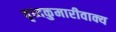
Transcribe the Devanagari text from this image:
वृध्दकुमारीवाक्य